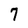
Character: 7